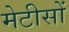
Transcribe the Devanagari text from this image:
मेटीसों